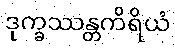
ဒုက္ခဿန္တကိရိယံ